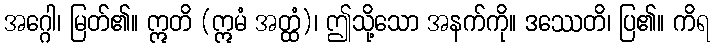
အဂ္ဂေါ၊ မြတ်၏။ ဣတိ (ဣမံ အတ္ထံ)၊ ဤသို့သော အနက်ကို။ ဒဿေတိ၊ ပြ၏။ ကိရ